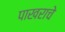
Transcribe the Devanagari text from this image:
पाखराचे